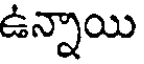
ఉన్నాయి